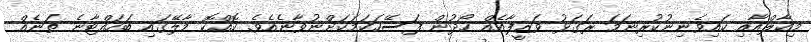
މިކާލްއާއި ކައިވެނިނުކުރިނަމަ ރަގަޅު ވަޒީފާއެއް ހޯދުން ފަސޭހަކަމަކަށްނުވާނެއެވެ. ކޮއްކޮ މާލޭގައި ބަހައްޓާނެ ތަނެއް